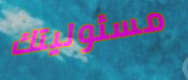
مسئوليتك